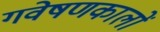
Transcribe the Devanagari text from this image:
गवेषणकालों